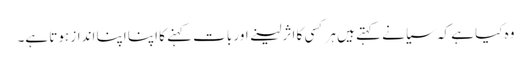
وہ کیا ہے کہ سیانے کہتے ہیں ہر کسی کا اثر لینے اور بات کہنے کا اپنا اپنا انداز ہوتا ہے۔